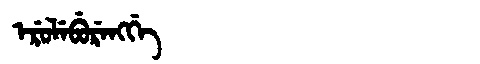
Manchu: ᡝᡵᡠᠯᡝᠪᡠᡵᡝᠩᡤᡝ
Romanization: ERULEBURENGGE